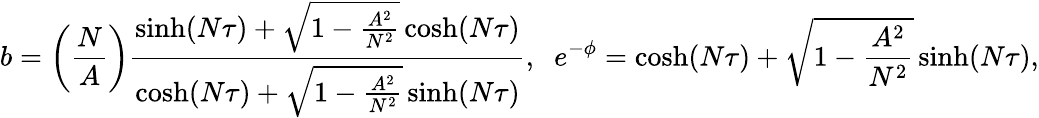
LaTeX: b=\left(\frac{N}{A}\right)\frac{\sinh(N\tau)+\sqrt{1-\frac{A^{2}}{N^{2}}}\cosh(N\tau)}{\cosh(N\tau)+\sqrt{1-\frac{A^{2}}{N^{2}}}\sinh(N\tau)},\; \; e^{-\phi}=\cosh(N\tau)+\sqrt{1-\frac{A^{2}}{N^{2}}}\sinh(N\tau),